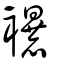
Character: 襮